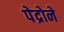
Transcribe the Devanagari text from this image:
पेद्रोने